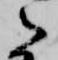
之